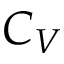
C _ { V }